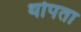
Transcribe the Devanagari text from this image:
थोपता